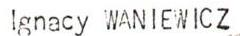
Ignacy WANIEWICZ